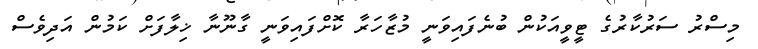
މިސްރު ސަރުކާރުގެ ޓީވީއަކުން ބުނެފައިވަނީ މުޒާހަރާ ކޮށްފައިވަނީ ގާނޫނާ ޚިލާފަށް ކަމުން އަދިވެސް